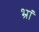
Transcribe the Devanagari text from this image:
भ्रां